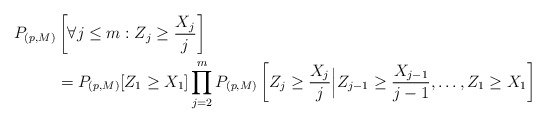
\begin{align*} P_{(p,M)}&\left[\forall j\leq m: Z_j\geq\frac{ X_j}{j}\right]\\ & = P_{(p,M)}[Z_1\geq X_1]\prod_{j=2}^{m}P_{(p,M)}\left[Z_j\geq\frac{ X_j}{j}\Big|Z_{j-1}\geq\frac{X_{j-1}}{j-1} ,\ldots, Z_1\geq X_1\right] \end{align*}